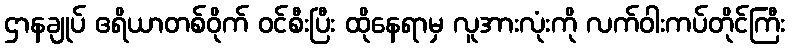
ဌာနချုပ် ဧရိယာတစ်ဝိုက် ဝင်စီးပြီး ထိုနေရာမှ လူအားလုံးကို လက်ဝါးကပ်တိုင်ကြီး